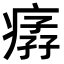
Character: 𤸦